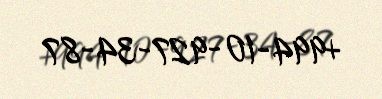
+994-10-927-34-87